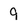
Character: 9